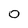
Character: 0